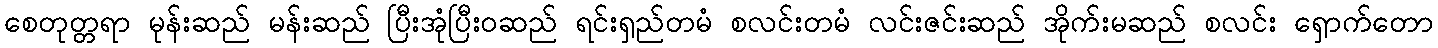
စေတုတ္တရာ မုန်းဆည် မန်းဆည် ပြီးအုံပြီးဝဆည် ရင်းရှည်တမံ စလင်းတမံ လင်းဇင်းဆည် အိုက်းမဆည် စလင်း ရှောက်တော